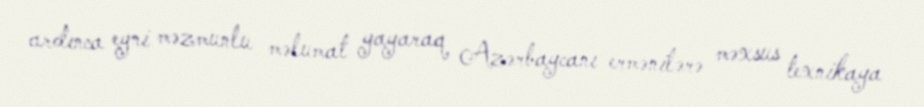
ardınca eyni məzmunlu məlumat yayaraq Azərbaycanı ermənilərə məxsus texnikaya